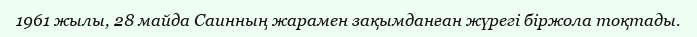
1961 жылы, 28 майда Саинның жарамен зақымданған жүрегі біржола тоқтады.